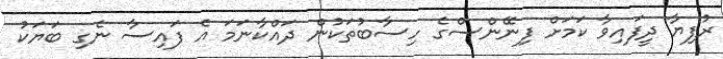
ރުފިޔާ ދީފައިވާ ކަމަށް ފިނޭންސްގެ ހިސާބުތަކުން ދައްކާނަމަ އެ ފައިސާ ނެގި ބަޔަކު